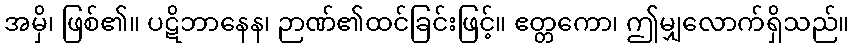
အမှိ၊ ဖြစ်၏။ ပဋိဘာနေန၊ ဉာဏ်၏ထင်ခြင်းဖြင့်။ ဧတ္တကော၊ ဤမျှလောက်ရှိသည်။